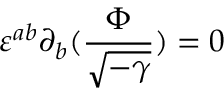
\varepsilon ^ { a b } \partial _ { b } ( \frac { \Phi } { \sqrt { - \gamma } } ) = 0